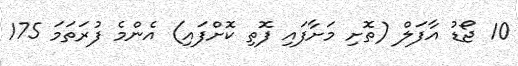
10 ޖޯޑު އާފަލް (ތޮށި މަށާފައި ފޮތި ކޮށްފައި) އެންމެ ފުރަތަމަ 175